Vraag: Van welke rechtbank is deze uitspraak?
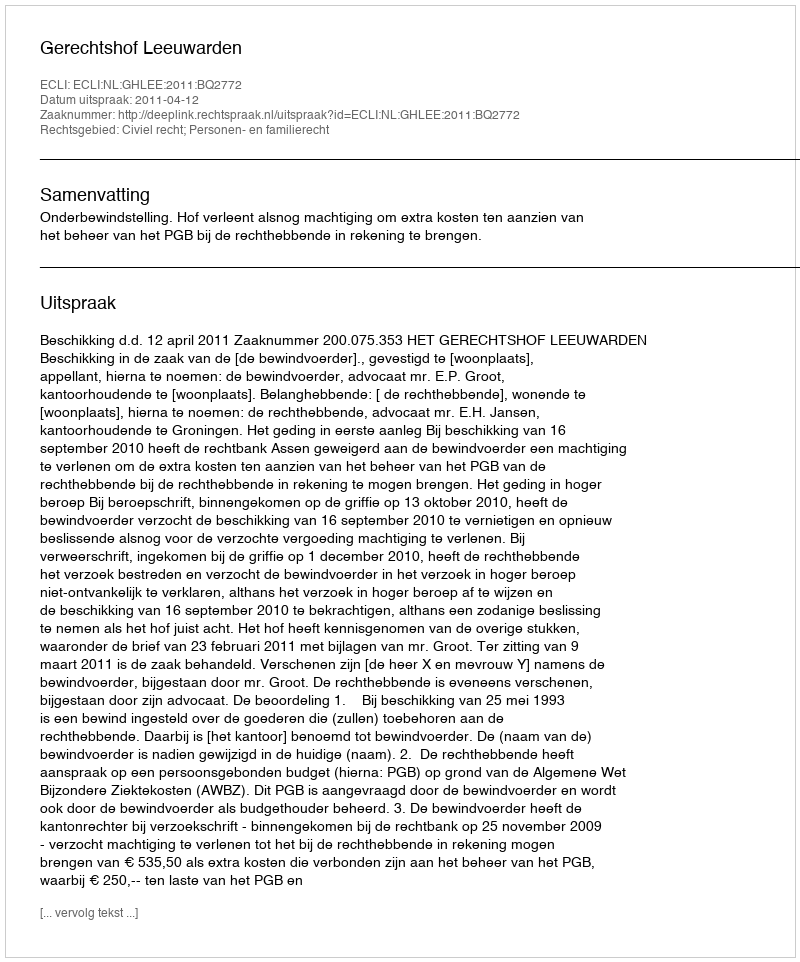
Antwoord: Gerechtshof Leeuwarden